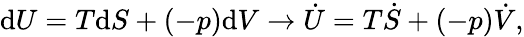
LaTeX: \mathrm{d}U=T\mathrm{d}S+(-p)\mathrm{d}V\rightarrow\dot{U}=T\dot{S}+(-p)\dot{V},